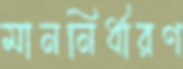
মাননির্ধারণ